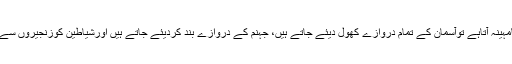
”جب رمضان کامہینہ آتاہے توآسمان کے تمام دروازے کھول دیئے جاتے ہیں، جہنم کے دروازے بند کردیئے جاتے ہیں اورشیاطین کوزنجیروں سے جکڑدیاجاتاہے۔